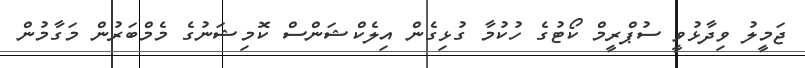
ޖަމީލު ވިދާޅުވީ ސުޕްރީމް ކޯޓުގެ ހުކުމާ ގުޅިގެން އިލެކްޝަންސް ކޮމިޝަނުގެ މެމްބަރުން މަގާމުން